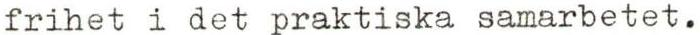
frihet i det praktiska samarbetet.